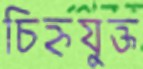
চিহ্নযুক্ত